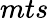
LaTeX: mts